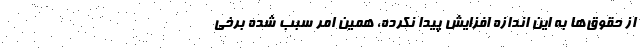
از حقوق‌ها به این اندازه افزایش پیدا نکرده، همین امر سبب شده برخی